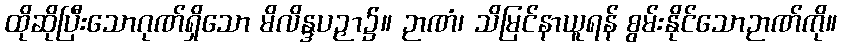
ထိုဆိုပြီးသောဂုဏ်ရှိသော မိလိန္ဒပဉှာ၌။ ဉာဏံ၊ သိမြင်နာယူရန် စွမ်းနိုင်သောဉာဏ်ကို။